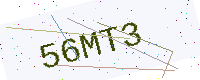
Text: 56MT3